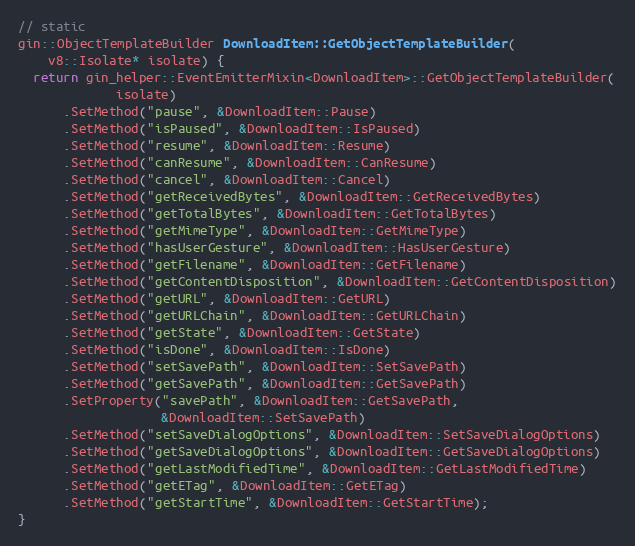
Language: C++
// static
gin::ObjectTemplateBuilder DownloadItem::GetObjectTemplateBuilder(
    v8::Isolate* isolate) {
  return gin_helper::EventEmitterMixin<DownloadItem>::GetObjectTemplateBuilder(
             isolate)
      .SetMethod("pause", &DownloadItem::Pause)
      .SetMethod("isPaused", &DownloadItem::IsPaused)
      .SetMethod("resume", &DownloadItem::Resume)
      .SetMethod("canResume", &DownloadItem::CanResume)
      .SetMethod("cancel", &DownloadItem::Cancel)
      .SetMethod("getReceivedBytes", &DownloadItem::GetReceivedBytes)
      .SetMethod("getTotalBytes", &DownloadItem::GetTotalBytes)
      .SetMethod("getMimeType", &DownloadItem::GetMimeType)
      .SetMethod("hasUserGesture", &DownloadItem::HasUserGesture)
      .SetMethod("getFilename", &DownloadItem::GetFilename)
      .SetMethod("getContentDisposition", &DownloadItem::GetContentDisposition)
      .SetMethod("getURL", &DownloadItem::GetURL)
      .SetMethod("getURLChain", &DownloadItem::GetURLChain)
      .SetMethod("getState", &DownloadItem::GetState)
      .SetMethod("isDone", &DownloadItem::IsDone)
      .SetMethod("setSavePath", &DownloadItem::SetSavePath)
      .SetMethod("getSavePath", &DownloadItem::GetSavePath)
      .SetProperty("savePath", &DownloadItem::GetSavePath,
                   &DownloadItem::SetSavePath)
      .SetMethod("setSaveDialogOptions", &DownloadItem::SetSaveDialogOptions)
      .SetMethod("getSaveDialogOptions", &DownloadItem::GetSaveDialogOptions)
      .SetMethod("getLastModifiedTime", &DownloadItem::GetLastModifiedTime)
      .SetMethod("getETag", &DownloadItem::GetETag)
      .SetMethod("getStartTime", &DownloadItem::GetStartTime);
}